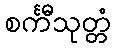
စင်္ကီသုတ္တံ